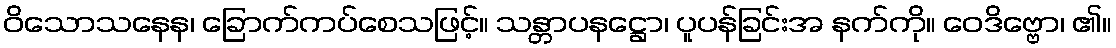
ဝိသောသနေန၊ ခြောက်ကပ်စေသဖြင့်။ သန္တာပနဋ္ဌော၊ ပူပန်ခြင်းအ နက်ကို။ ဝေဒိဗ္ဗော၊ ၏။